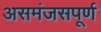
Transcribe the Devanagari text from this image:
असमंजसपूर्ण